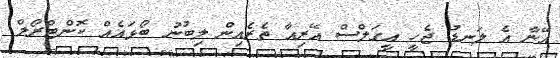
އޭނާ އެ ލަނޑު ޖެހީ އީގަލްސް އޭރިއާ ތެރެއިން ލިބުނު ބޯޅައެއް ކޮންޓްރޯލް